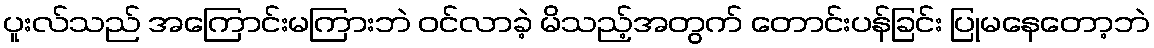
ပူးလ်သည် အကြောင်းမကြားဘဲ ဝင်လာခဲ့ မိသည့်အတွက် တောင်းပန်ခြင်း ပြုမနေတော့ဘဲ